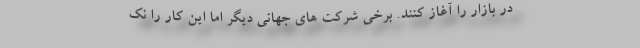
در بازار را آغاز کنند. برخی شرکت های جهانی دیگر اما این کار را نک